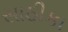
સાઠીકા